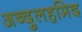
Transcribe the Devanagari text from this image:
अब्दुलहमिद